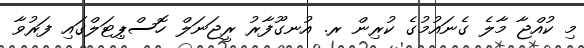
މި ކުއްޖާ މާލެ ގެނައުމުގެ ކުރިން ރ. އުނގޫފާރު ރީޖަނަލް ހޮސްޕިޓަލްގައި ފަރުވާ